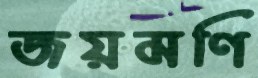
জয়মণি